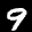
Label: 9